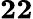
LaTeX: \boldsymbol{22}